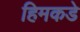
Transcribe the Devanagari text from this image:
हिमकडे